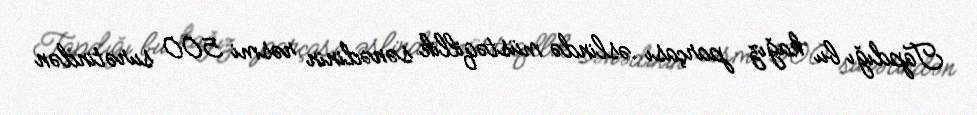
Tapdığı bu kağız parçası əslində müstəqillik sənədinin rəsmi 500 surətindən